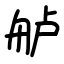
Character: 舻